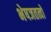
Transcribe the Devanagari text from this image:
भेषजतत्वों